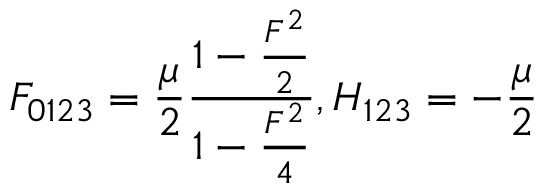
F _ { 0 1 2 3 } = { \frac { \mu } { 2 } } { \frac { 1 - { \frac { F ^ { 2 } } { 2 } } } { 1 - { \frac { F ^ { 2 } } { 4 } } } } , H _ { 1 2 3 } = - { \frac { \mu } { 2 } }